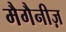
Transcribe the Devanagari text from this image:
मैगैनीज़